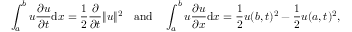
\int _ { a } ^ { b } u { \frac { \partial u } { \partial t } } \mathrm { d } x = { \frac { 1 } { 2 } } { \frac { \partial } { \partial t } } \| u \| ^ { 2 } \quad { \mathrm { a n d } } \quad \int _ { a } ^ { b } u { \frac { \partial u } { \partial x } } \mathrm { d } x = { \frac { 1 } { 2 } } u ( b , t ) ^ { 2 } - { \frac { 1 } { 2 } } u ( a , t ) ^ { 2 } ,